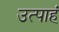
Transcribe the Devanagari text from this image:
उत्पाहं